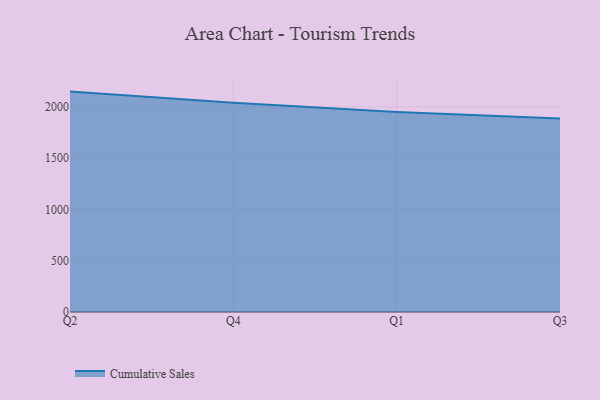
{"axis": {"x": "Quarter", "y": "Customer Acquisition Cost (USD)"}, "legend": ["Cumulative Sales"], "data": [{"x": "Q2", "y": 2149.1, "type": "Cumulative Sales"}, {"x": "Q4", "y": 2039.3, "type": "Cumulative Sales"}, {"x": "Q1", "y": 1951.4, "type": "Cumulative Sales"}, {"x": "Q3", "y": 1887.5, "type": "Cumulative Sales"}]}